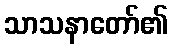
သာသနာတော်၏